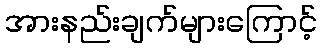
အားနည်းချက်များကြောင့်